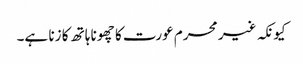
کیونکہ غیر محرم عورت کا چھونا ہاتھ کا زنا ہے۔